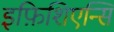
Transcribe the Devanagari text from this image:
इफ़िशिएन्सि